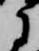
に